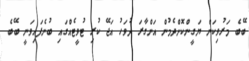
ބޭބެ މަރުވިކަން ޔަގީންކޮށްދެމުން އަންގާރަ ދުވަހު އަޖޭ ކުރި ޓުވީޓެއްގައި ބުނެފައިވަނީ ބޭބެ